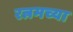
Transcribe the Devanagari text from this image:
रत्नमच्या